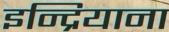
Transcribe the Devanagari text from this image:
इन्द्रियाना